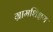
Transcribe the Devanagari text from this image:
ग्रामशिक्षण